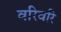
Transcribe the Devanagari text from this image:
वरिवरि